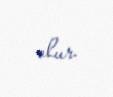
olur.